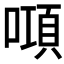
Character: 𠾿